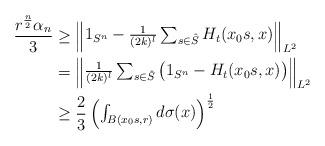
LaTeX: \begin{align*}{\frac{r^{\frac n2}\alpha_n}3}&\geq \begin{Vmatrix}1_{S^n}-{\frac 1{(2k)^l}}\sum_{s\in{\hat S}}H_t(x_0s,x)\end{Vmatrix}_{L^2}\\ &=\begin{Vmatrix}{\frac 1{(2k)^l}}\sum_{s\in{\hat S}}\begin{pmatrix}1_{S^n}-H_t(x_0s,x)\end{pmatrix}\end{Vmatrix}_{L^2}\\&\geq {\frac 23}\begin{pmatrix}\int_{B(x_0s,r)}d\sigma(x)\end{pmatrix}^{\frac 12}\end{align*}